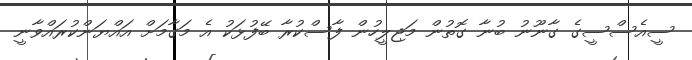
ސީއެސްސީގެ ގާނޫނު ބުނާ ގޮތުން މަޖިލީހުން ފާސްކުރާ ބޭފުޅަކު އެ މަގާމަށް އައްޔަންކުރައްވާނީ